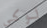
لوكي